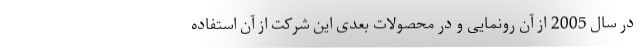
در سال 2005 از آن رونمایی و در محصولات بعدی این شرکت از آن استفاده